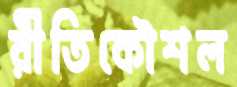
রীতিকৌশল